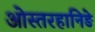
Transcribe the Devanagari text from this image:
ओस्तरहानिङे